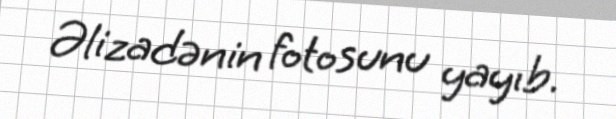
Əlizadənin fotosunu yayıb.